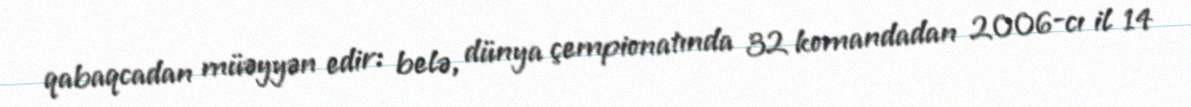
qabaqcadan müəyyən edir: belə, dünya çempionatında 32 komandadan 2006-cı il 14